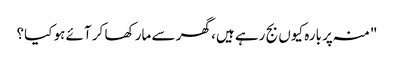
"منہ پر بارہ کیوں بج رہے ہیں، گھر سے مار کھا کر آئے ہو کیا؟